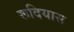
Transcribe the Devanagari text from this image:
रूदियास